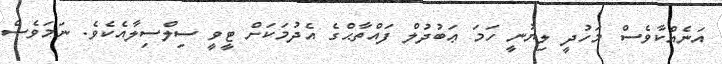
އަނެއްކާވެސް މަހުދީ ލިޔުނީ ހަމަ ޢަބުދުލް ފައްތާޙްގެ އެދުމަކަށް ޓީވީ ސިލްސިލާއެކެވެ. ނަމަވެސް